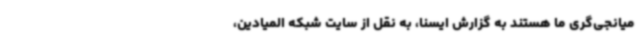
میانجی‌گری ما هستند به گزارش ایسنا، به نقل از سایت شبکه المیادین،